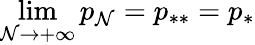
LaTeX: \operatorname*{lim}_{\mathcal{N}\to+\infty}p_{\mathcal{N}}=p_{**}=p_{*}